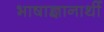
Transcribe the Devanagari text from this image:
भाषाज्ञानार्थी